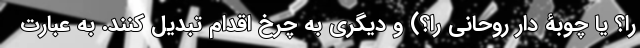
را؟ یا چوبۀ دار روحانی را؟) و دیگری به چرخ اقدام تبدیل کنند. به عبارت